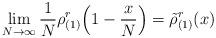
LaTeX: \begin{align*} \lim_{N\rightarrow\infty}\frac1N\rho_{(1)}^r\Big(1-\frac xN\Big)=\tilde\rho_{(1)}^r(x)\end{align*}